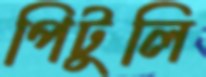
পিটুলি